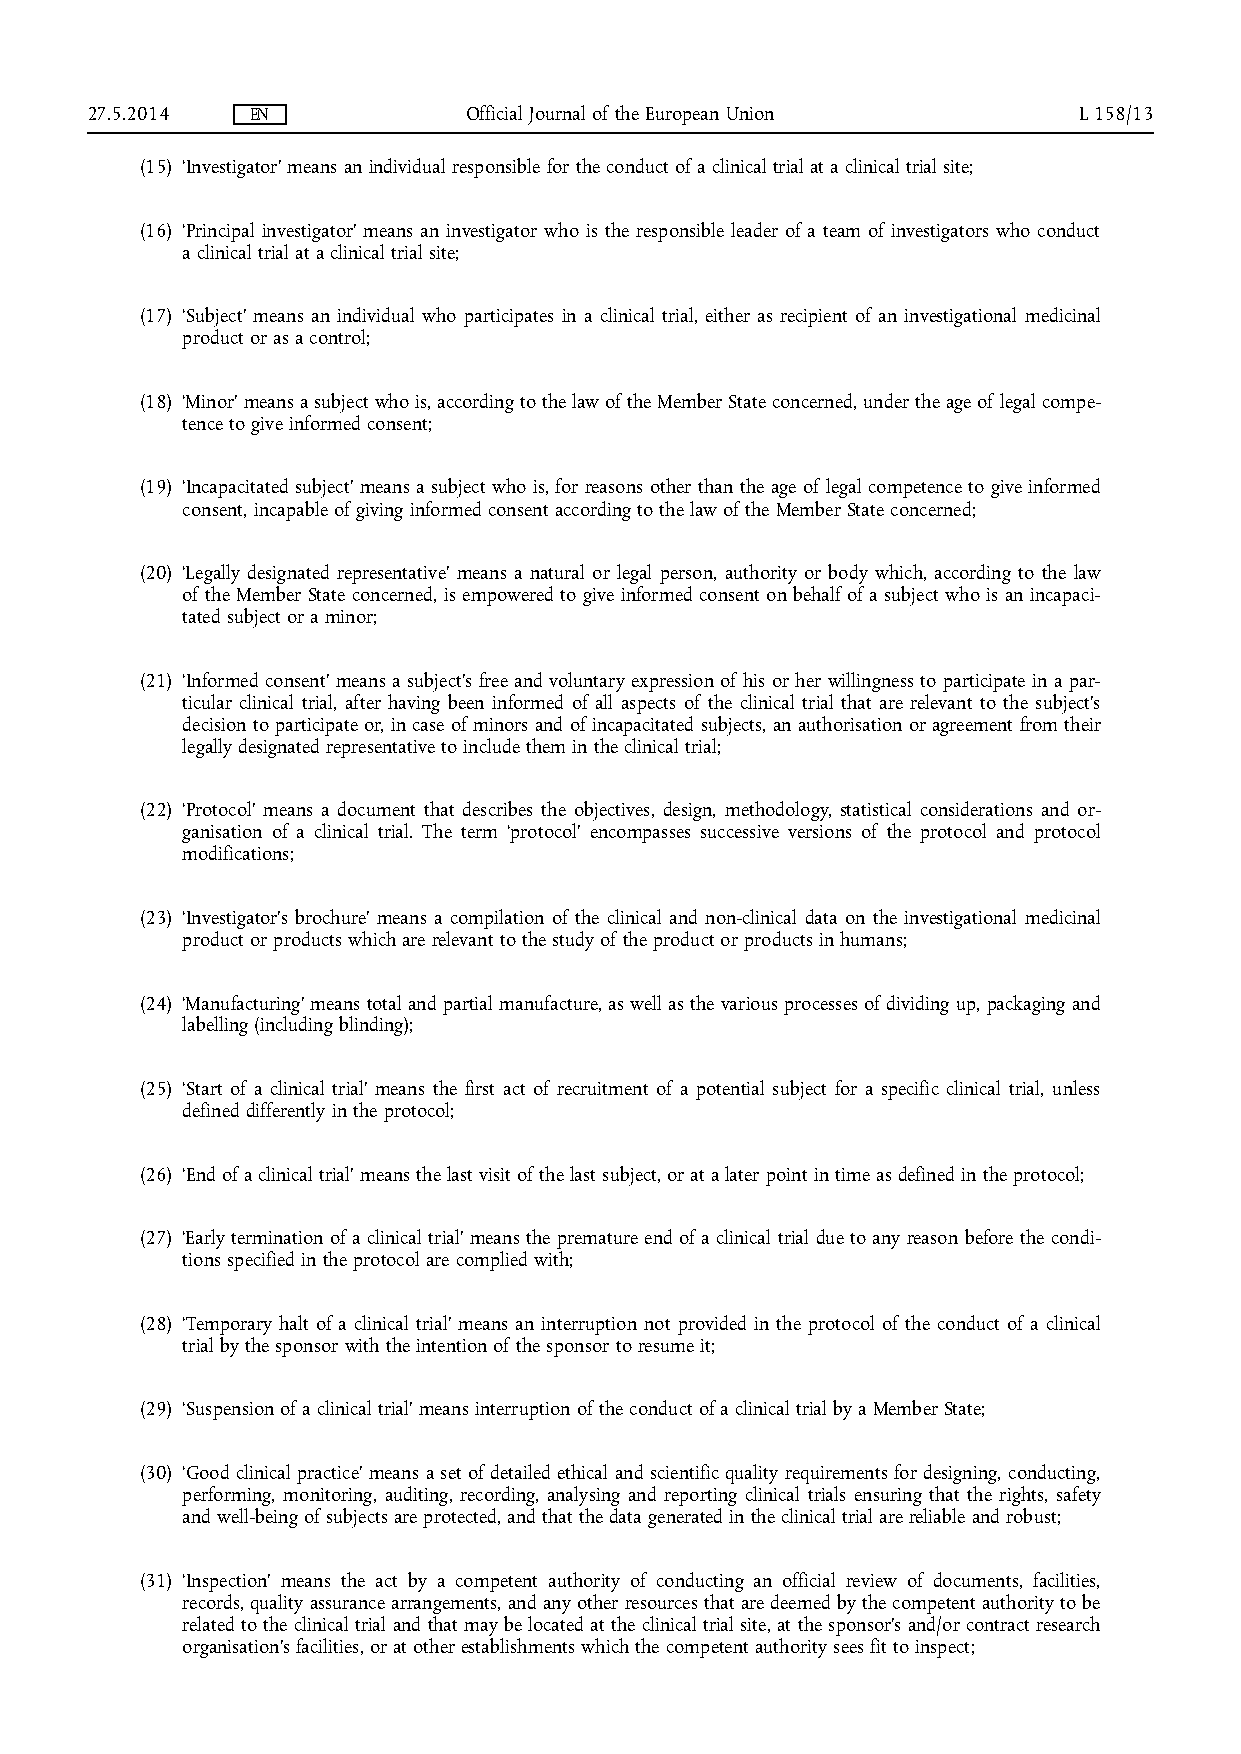
27.5.2014  EN            Official Journal of the European Union  L 158/13
 (15) ‘Investigator’ means an individual responsible for the conduct of a clinical trial at a clinical trial site;
 (16) ‘Principal investigator’ means an investigator who is the responsible leader of a team of investigators who conduct
 a clinical trial at a clinical trial site;
 (17) ‘Subject’ means an individual who participates in a clinical trial, either as recipient of an investigational medicinal
 product or as a control;
 (18) ‘Minor’ means a subject who is, according to the law of the Member State concerned, under the age of legal compe­
 tence to give informed consent;
 (19) ‘Incapacitated subject’ means a subject who is, for reasons other than the age of legal competence to give informed
 consent, incapable of giving informed consent according to the law of the Member State concerned;
 (20) ‘Legally designated representative’ means a natural or legal person, authority or body which, according to the law
 of the Member State concerned, is empowered to give informed consent on behalf of a subject who is an incapaci­
 tated subject or a minor;
 (21) ‘Informed consent’ means a subject's free and voluntary expression of his or her willingness to participate in a par­
 ticular clinical trial, after having been informed of all aspects of the clinical trial that are relevant to the subject's
 decision to participate or, in case of minors and of incapacitated subjects, an authorisation or agreement from their
 legally designated representative to include them in the clinical trial;
 (22) ‘Protocol’ means a document that describes the objectives, design, methodology, statistical considerations and or­
 ganisation of a clinical trial. The term ‘protocol’ encompasses successive versions of the protocol and protocol
 modifications;
 (23) ‘Investigator's brochure’ means a compilation of the clinical and non-clinical data on the investigational medicinal
 product or products which are relevant to the study of the product or products in humans;
 (24) ‘Manufacturing’ means total and partial manufacture, as well as the various processes of dividing up, packaging and
 labelling (including blinding);
 (25) ‘Start of a clinical trial’ means the first act of recruitment of a potential subject for a specific clinical trial, unless
 defined differently in the protocol;
 (26) ‘End of a clinical trial’ means the last visit of the last subject, or at a later point in time as defined in the protocol;
 (27) ‘Early termination of a clinical trial’ means the premature end of a clinical trial due to any reason before the condi­
 tions specified in the protocol are complied with;
 (28) ‘Temporary halt of a clinical trial’ means an interruption not provided in the protocol of the conduct of a clinical
 trial by the sponsor with the intention of the sponsor to resume it;
 (29) ‘Suspension of a clinical trial’ means interruption of the conduct of a clinical trial by a Member State;
 (30) ‘Good clinical practice’ means a set of detailed ethical and scientific quality requirements for designing, conducting,
 performing, monitoring, auditing, recording, analysing and reporting clinical trials ensuring that the rights, safety
 and well-being of subjects are protected, and that the data generated in the clinical trial are reliable and robust;
 (31) ‘Inspection’ means the act by a competent authority of conducting an official review of documents, facilities,
 records, quality assurance arrangements, and any other resources that are deemed by the competent authority to be
 related to the clinical trial and that may be located at the clinical trial site, at the sponsor's and/or contract research
 organisation's facilities, or at other establishments which the competent authority sees fit to inspect;